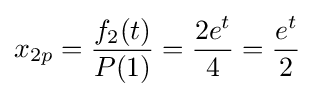
x_{2p}={\frac {f_{2}(t)}{P(1)}}={\frac {2e^{t}}{4}}={\frac {e^{t}}{2}}